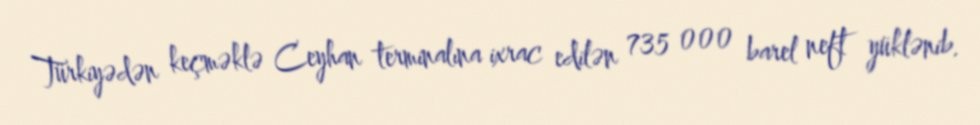
Türkiyədən keçməklə Ceyhan terminalına ixrac edilən 735 000 barel neft yüklənib.